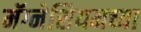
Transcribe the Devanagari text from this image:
मॅग्नेशियमच्या